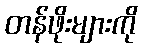
တန်ဖိုးများကို